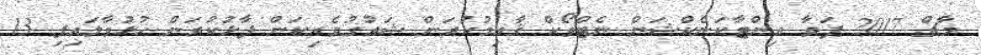
މާޗް 2017 ޕަވާ އިންޓާކަނެކްޝަން ނެޓްވޯކް ޤާއިމުކުރަން ޝައުގުވެރިކަން ފާޅުކުރަން ހުޅުވާލައިފި 13